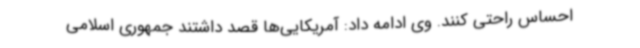
احساس راحتی کنند. وی ادامه داد: آمریکایی‌ها قصد داشتند جمهوری اسلامی